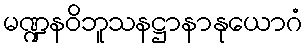
မဏ္ဍနဝိဘူသနဋ္ဌာနာနုယောဂံ